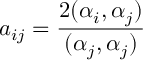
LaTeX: a _ { i j } = \frac { 2 ( \alpha _ { i } , \alpha _ { j } ) } { ( \alpha _ { j } , \alpha _ { j } ) }